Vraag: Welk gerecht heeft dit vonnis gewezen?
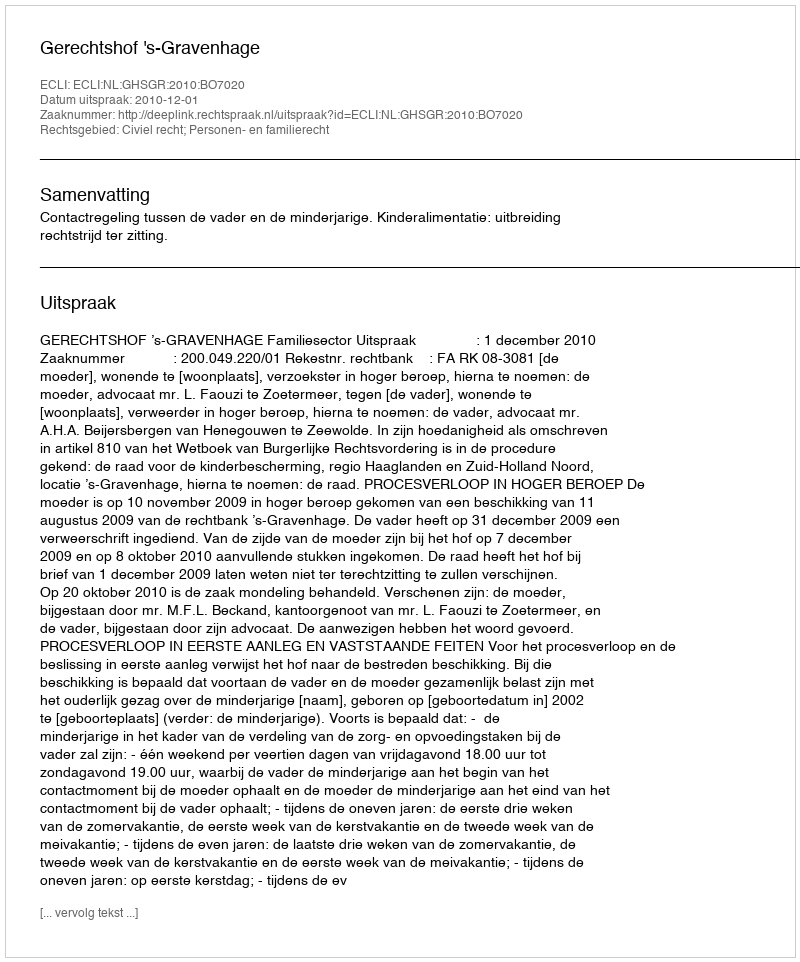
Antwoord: Gerechtshof 's-Gravenhage